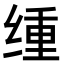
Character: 𫟆